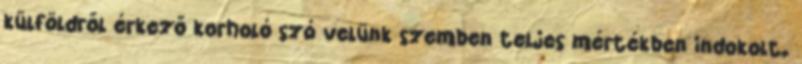
külföldről érkező korholó szó velünk szemben teljes mértékben indokolt.